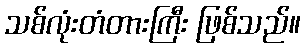
သစ်လုံးတံတားကြီး ဖြစ်သည်။